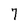
Character: 7